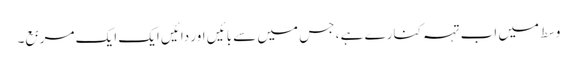
وسط میں اب تہہ کنارے ہے ، جس میں سے بائیں اور دائیں ایک ایک مربع۔